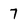
Character: 7